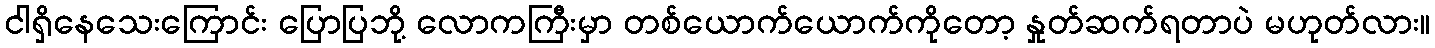
ငါရှိနေသေးကြောင်း ပြောပြဘို့ လောကကြီးမှာ တစ်ယောက်ယောက်ကိုတော့ နှုတ်ဆက်ရတာပဲ မဟုတ်လား။